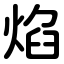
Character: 焰